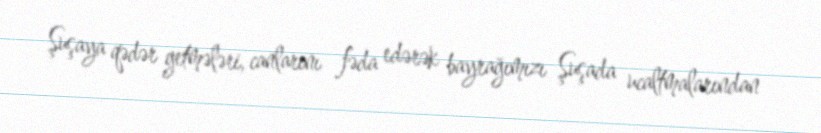
Şuşaya qədər getmələri, canlarını fəda edərək bayrağımızı Şuşada ucaltmalarından